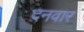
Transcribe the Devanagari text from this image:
दनवार